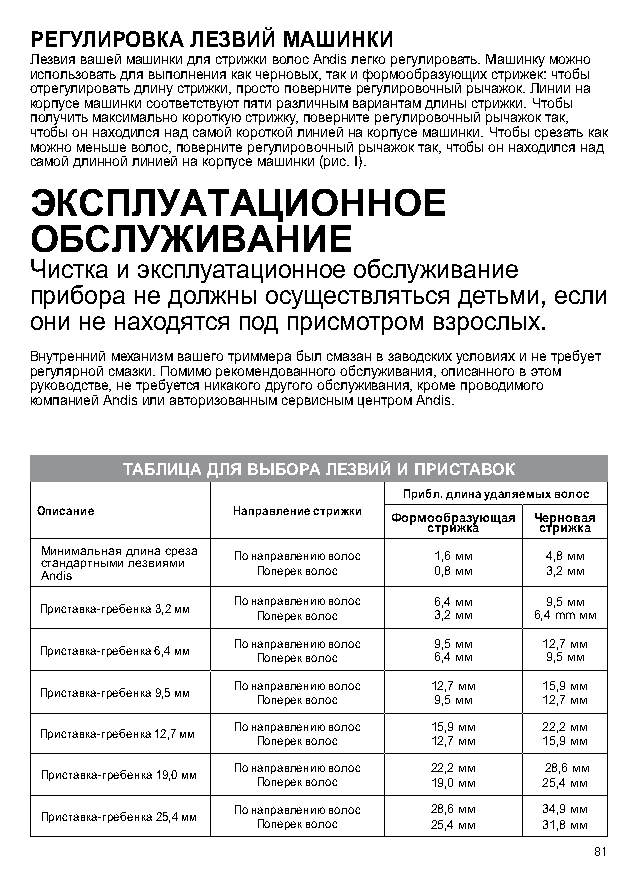
РЕГУЛИРОВКА ЛЕЗВИЙ МАШИНКИ
 Лезвия вашей машинки для стрижки волос Andis легко регулировать. Машинку можно
 использовать для выполнения как черновых, так и формообразующих стрижек: чтобы
 отрегулировать длину стрижки, просто поверните регулировочный рычажок. Линии на
 корпусе машинки соответствуют пяти различным вариантам длины стрижки. Чтобы
 получить максимально короткую стрижку, поверните регулировочный рычажок так,
 чтобы он находился над самой короткой линией на корпусе машинки. Чтобы срезать как
 можно меньше волос, поверните регулировочный рычажок так, чтобы он находился над
 самой длинной линией на корпусе машинки (рис. I).
 ЭКСПЛУАТАЦИОННОЕ
 ОБСЛУЖИВАНИЕ
 Чистка и эксплуатационное обслуживание
 прибора не должны осуществляться детьми, если
 они не находятся под присмотром взрослых.
 Внутренний механизм вашего триммера был смазан в заводских условиях и не требует
 регулярной смазки. Помимо рекомендованного обслуживания, описанного в этом
 руководстве, не требуется никакого другого обслуживания, кроме проводимого
 компанией Andis или авторизованным сервисным центром Andis.
 ТАБЛИЦА ДЛЯ ВЫБОРА ЛЕЗВИЙ И ПРИСТАВОК
 Прибл. длина удаляемых волос
 Описание     Направление стрижки Формообразующая Черновая
 стрижка стрижка
 Минимальная длина среза По направлению волос 1,6 мм 4,8 мм
 стандартными лезвиями
 Andis         Поперек волос 0,8 мм 3,2 мм
 По направлению волос 6,4 мм 9,5 мм
 Приставка-гребенка 3,2 мм
 Поперек волос 3,2 мм 6,4 mm мм
 По направлению волос 9,5 мм 12,7 мм
 Приставка-гребенка 6,4 мм
 Поперек волос 6,4 мм 9,5 мм
 По направлению волос 12,7 мм 15,9 мм
 Приставка-гребенка 9,5 мм
 Поперек волос 9,5 мм 12,7 мм
 По направлению волос 15,9 мм 22,2 мм
 Приставка-гребенка 12,7 мм
 Поперек волос 12,7 мм 15,9 мм
 По направлению волос 22,2 мм 28,6 мм
 Приставка-гребенка 19,0 мм
 Поперек волос 19,0 мм 25,4 мм
 По направлению волос 28,6 мм 34,9 мм
 Приставка-гребенка 25,4 мм
 Поперек волос 25,4 мм 31,8 мм
 81